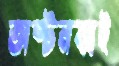
অষ্টনব্বই